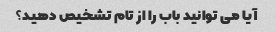
آیا می توانید باب را از تام تشخیص دهید؟